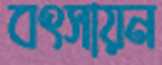
বৎসায়ন